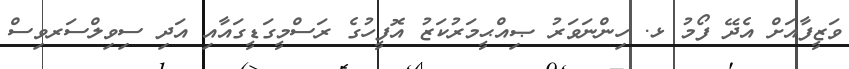
ވަޒީފާއަށް އެދޭ ފޯމު ޅ. ހިންނަވަރު ޞިއްޙީމަރުކަޒު އޮފީހުގެ ރަސްމީގަޑީގައާއި އަދި ސިވިލްސަރވިސް